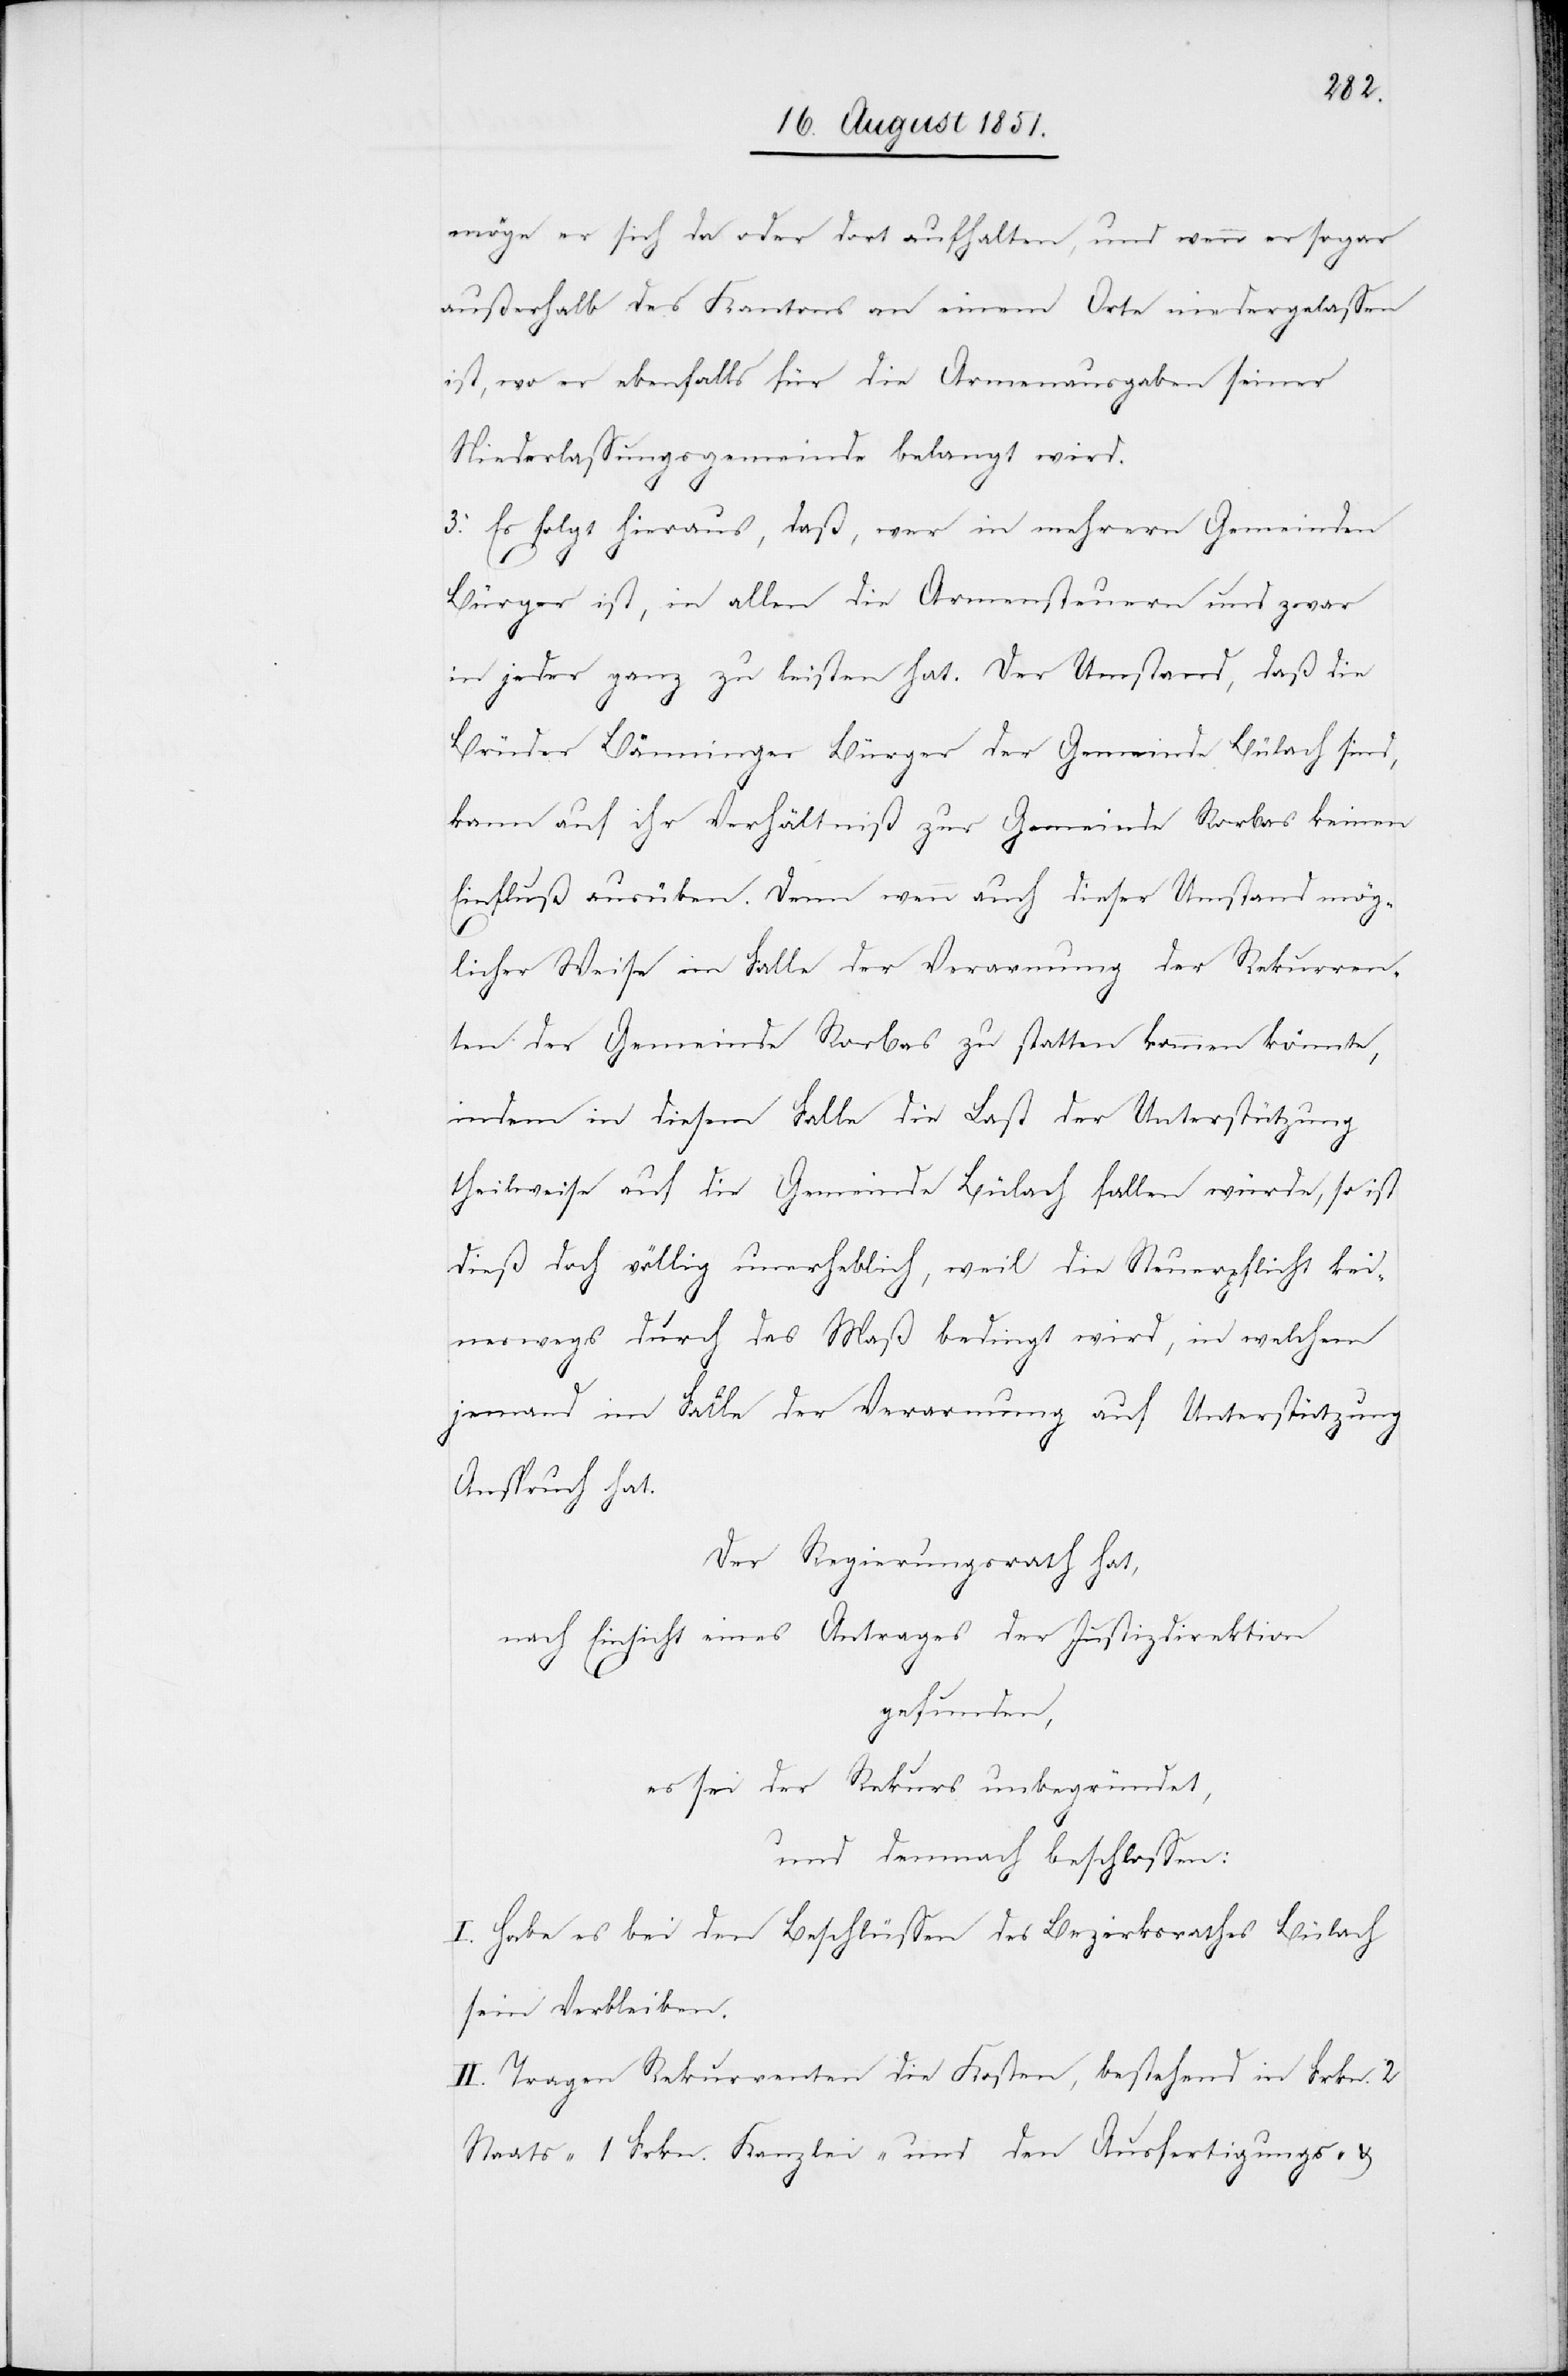
möge er sich da oder dort aufhalten, und wenn er sogar
außerhalb des Kantons an einem Orte niedergelassen
ist, wo er ebenfalls für die Armenausgaben seiner
Niederlassungsgemeinde belangt wird.
3. Es folgt hieraus, daß, wer in mehrern Gemeinden
Bürger ist, in allen die Armensteuern und zwar
in jeder ganz zu leisten hat. Der Umstand, daß die
Brüder Bänninger Bürger der Gemeinde Bülach sind,
kann auf ihr Verhältniß zur Gemeinde Rorbas keinen
Einfluß ausüben. Denn wenn auch dieser Umstand mög¬
licher Weise im Falle der Verarmung der Rekurren¬
ten der Gemeinde Rorbas zu statten kommen könnte,
indem in diesem Falle die Last der Unterstützung
theilweise auf die Gemeinde Bülach fallen würde, so ist
dieß doch völlig unerheblich, weil die Steuerpflicht kei¬
neswegs durch das Maß bedingt wird, in welchem
jemand im Falle der Verarmung auf Unterstützung
Anspruch hat.
Der Regierungsrath hat,
nach Einsicht eines Antrages der Justizdirektion
gefunden,
es sei der Rekurs unbegründet,
und demnach beschlossen:
I. Habe es bei den Beschlüssen des Bezirksrathes Bülach
sein Verbleiben.
II. Tragen Rekurrenten die Kosten, bestehend in Frkn. 2
Staats-[,] 1 Frkn. Kanzlei- und den Ausfertigungs- &